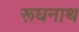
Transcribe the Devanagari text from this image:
रूघनाथ